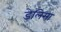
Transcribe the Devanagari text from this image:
डेलिसा